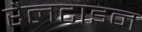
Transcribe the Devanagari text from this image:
रैलटाइन